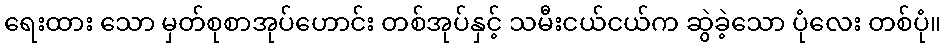
ရေးထား သော မှတ်စုစာအုပ်ဟောင်း တစ်အုပ်နှင့် သမီးငယ်ငယ်က ဆွဲခဲ့သော ပုံလေး တစ်ပုံ။